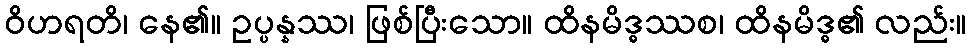
ဝိဟရတိ၊ နေ၏။ ဥပ္ပန္နဿ၊ ဖြစ်ပြီးသော။ ထိနမိဒ္ဓဿစ၊ ထိနမိဒ္ဓ၏ လည်း။